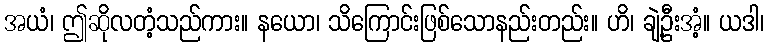
အယံ၊ ဤဆိုလတံ့သည်ကား။ နယော၊ သိကြောင်းဖြစ်သောနည်းတည်း။ ဟိ၊ ချဲ့ဦးအံ့။ ယဒါ၊